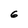
Character: 6